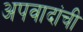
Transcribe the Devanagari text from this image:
अपवादांची